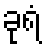
ခုရံ